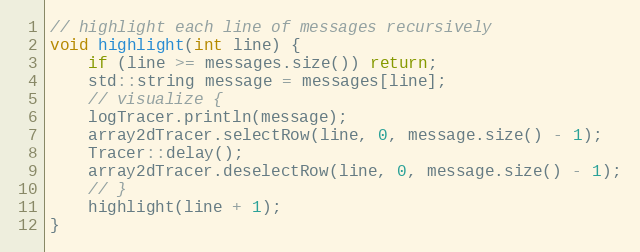
Language: C++
// highlight each line of messages recursively
void highlight(int line) {
    if (line >= messages.size()) return;
    std::string message = messages[line];
    // visualize {
    logTracer.println(message);
    array2dTracer.selectRow(line, 0, message.size() - 1);
    Tracer::delay();
    array2dTracer.deselectRow(line, 0, message.size() - 1);
    // }
    highlight(line + 1);
}